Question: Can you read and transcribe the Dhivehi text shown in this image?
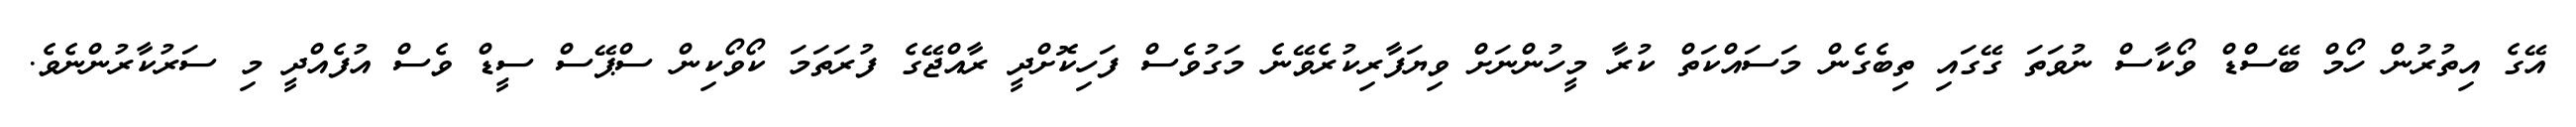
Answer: އޭގެ އިތުރުން ހޯމް ބޭސްޑް ވޯކާސް ނުވަތަ ގޭގައި ތިބެގެން މަސައްކަތް ކުރާ މީހުންނަށް ވިޔަފާރިކުރެވޭނެ މަގުވެސް ފަހިކޮށްދީ ރާއްޖޭގެ ފުރަތަމަ ކޯވޯކިން ސްޕޭސް ސީޑް ވެސް އުފެއްދީ މި ސަރުކާރުންނެވެ.